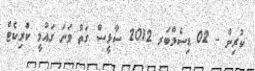
ކުރިން - 02 ޑިސެމްބަރ 2012 ސާޅީސް ގަތް ވަނަ ގައުމީ ކްރިކެޓް